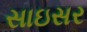
સાઇસર